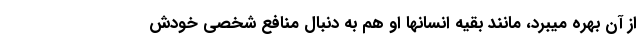
از آن بهره میبرد، مانند بقیه انسانها او هم به دنبال منافع شخصی خودش